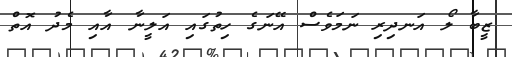
ޒީބާ ލޯ އަނދިރި ނަމަވެސް އޭނަގެ ހިތުގައި އަލީނާ އާއި މެދު އޮތް